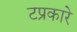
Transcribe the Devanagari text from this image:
टप्रकारे